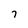
Character: 7